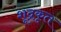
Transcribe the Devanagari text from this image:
शूद्रकृत